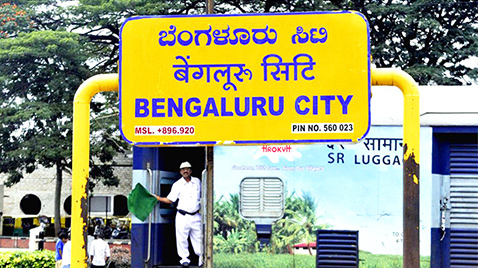
Language: kannada
Transcription: ಬೆಂಗಳೂರು ಸಿಟಿ